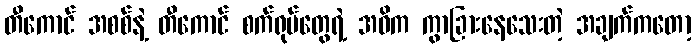
တီကောင် အစစ်နဲ့ တီကောင် စက်ရုပ်တွေရဲ့ အဓိက ကွာခြားနေသေးတဲ့ အချက်ကတော့